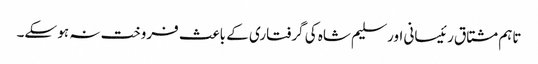
تاہم مشتاق رئیسانی اور سلیم شاہ کی گرفتاری کے باعث فروخت نہ ہو سکے۔